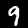
Label: 9